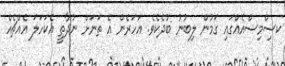
ކސިްމިސްއެއްގައި ގަމުން ލިބުނު ބުދެކެވެ. އަހަރެން އެ ތަނަށް ނުދާތީ އެކަހަލަ އެއްޗެއް